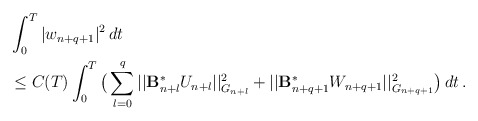
\begin{align*}&\int_0^T |w_{n+q+1}|^2\,dt \\&\le C(T) \int_0^T \big( \sum_{l=0}^{q} || \mathcal{\mathbf{B}}_{n+l}^{\ast}U_{n+l}||_{G_{n+l}}^2 + ||\mathcal{\mathbf{B}}_{n+q+1}^{\ast}W_{n+q+1}||_{G_{n+q+1}}^2\big)\, dt \,.\end{align*}